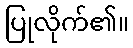
ပြုလိုက်၏။